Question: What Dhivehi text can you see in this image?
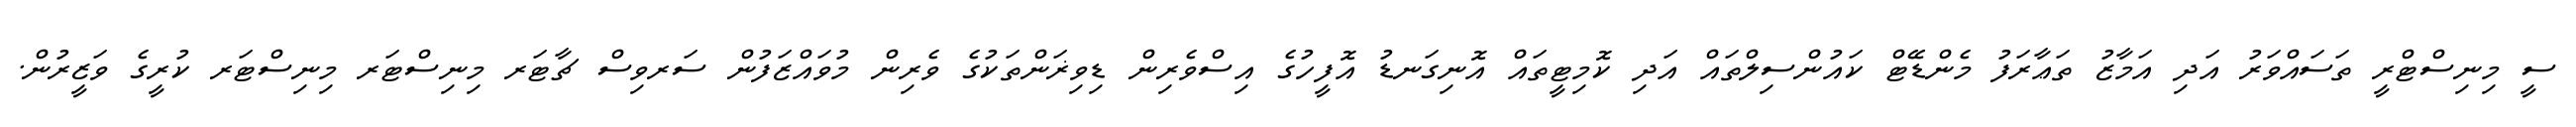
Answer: ސީ މިނިސްޓްރީ ތަސައްވަރު އަދި އަމާޒު ތަޢާރަފު މެންޑޭޓް ކައުންސިލްތައް އަދި ކޮމިޓީތައް އޮނިގަނޑު އޮފީހުގެ އިސްވެރިން ޑިވިޜަންތަކުގެ ވެރިން މުވައްޒަފުން ސަރވިސް ޗާޓަރ މިނިސްޓަރ މިނިސްޓަރ ކުރީގެ ވަޒީރުން.